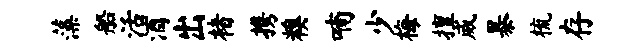
藻船活酒出楮携糗喃少梅擅威暴梳存